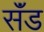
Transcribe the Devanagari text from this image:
सॅंड